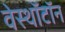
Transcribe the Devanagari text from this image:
वेस्थॉटॉन